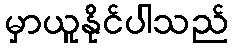
မှာယူနိုင်ပါသည်